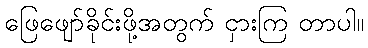
ဖြေဖျော်ခိုင်းဖို့အတွက် ငှားကြ တာပါ။